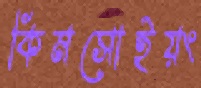
কিমসোইয়ং